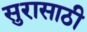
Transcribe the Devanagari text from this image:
सुरासाठी